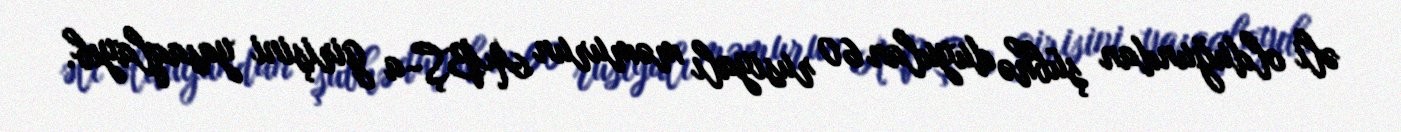
əli olduğundan şübhə duyulan 60 rusiyalı məmurun ABŞ-a girişini yasaqlayıb.